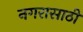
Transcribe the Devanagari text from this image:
नगरासाठी